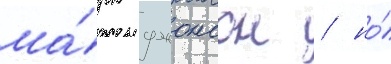
ма́рк джонсон / но́